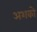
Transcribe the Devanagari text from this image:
अशको